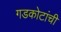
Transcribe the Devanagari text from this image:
गडकोटांची